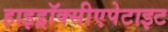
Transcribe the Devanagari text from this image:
हाइड्रॉक्सीएपेटाइट